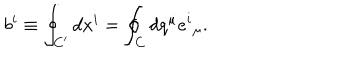
LaTeX: b ^ { i } \equiv \oint _ { C ^ { \prime } } d x ^ { i } = \oint _ { C } d q ^ { \mu } e ^ { i } { } _ { \mu } .